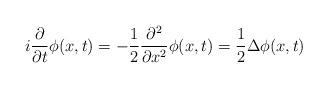
LaTeX: \begin{align*}i \frac{\partial}{\partial t} \phi(x,t) = - \frac{1}{2} \frac{\partial^2}{\partial x^2} \phi(x,t)= \frac{1}{2} \Delta \phi(x,t)\end{align*}